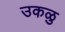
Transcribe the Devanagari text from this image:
उकळु